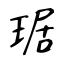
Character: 琚